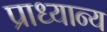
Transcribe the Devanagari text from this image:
प्राध्यान्य